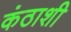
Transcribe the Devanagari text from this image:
कंठाशी